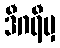
ဒီဂရီမှ